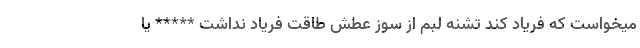
میخواست که فریاد کند تشنه لبم از سوز عطش طاقت فریاد نداشت ***** یا